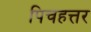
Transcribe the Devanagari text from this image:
पिचहत्तर